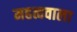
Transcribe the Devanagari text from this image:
महत्ववाला